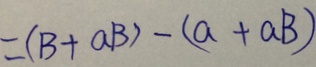
= ( B + a B ) - ( a + a B )